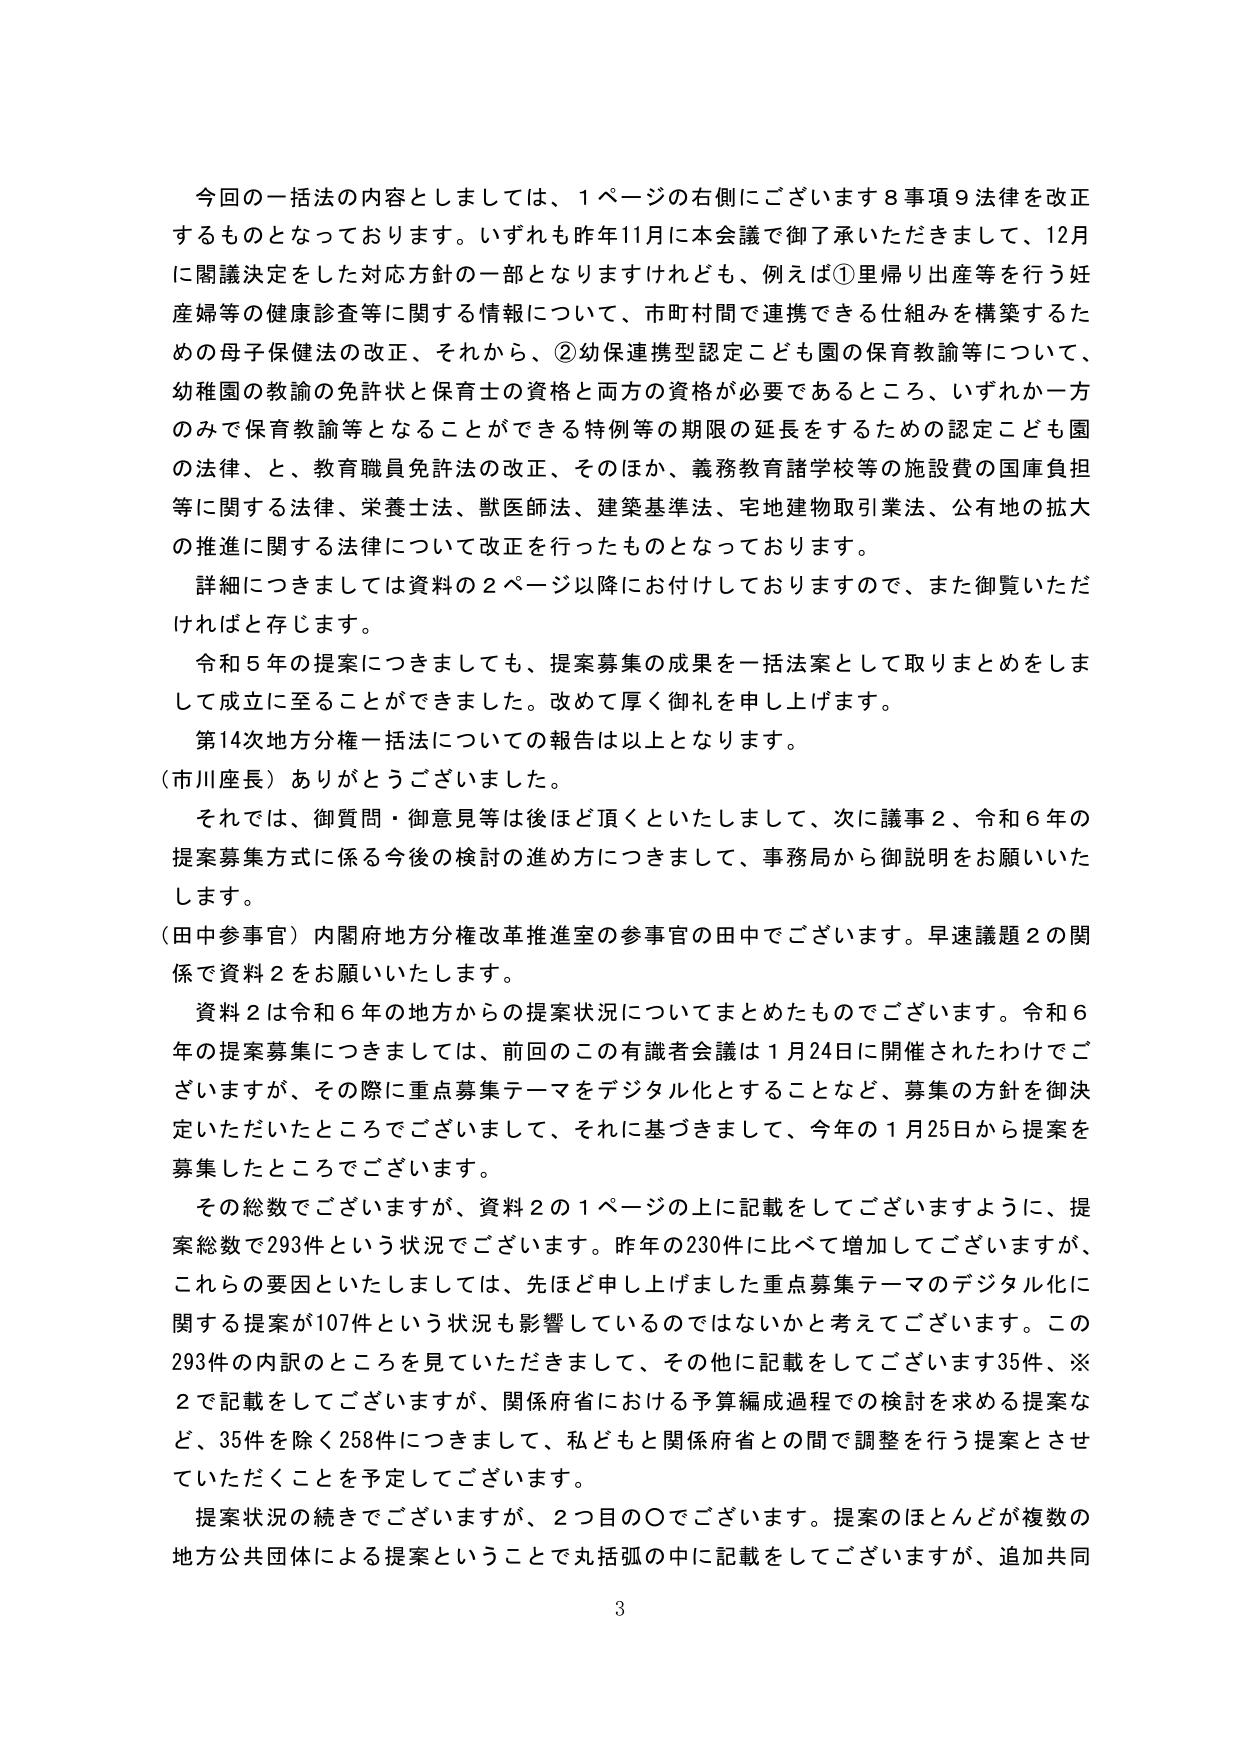
今回の一括法の内容としましては、１ページの右側にございます８事項９法律を改正するものとなっております。いずれも昨年11月に本会議で御了承いただきまして、12月に閣議決定をした対応方針の一部となりますけれども、例えば①里帰り出産等を行う妊産婦等の健康診査等に関する情報について、市町村間で連携できる仕組みを構築するための母子保健法の改正、それから、②幼保連携型認定こども園の保育教諭等について、幼稚園の教諭の免許状と保育士の資格と両方の資格が必要であるところ、いずれか一方のみで保育教諭等となることができる特例等の期限の延長をするための認定こども園の法律、と、教育職員免許法の改正、そのほか、義務教育諸学校等の施設費の国庫負担等に関する法律、栄養士法、獣医師法、建築基準法、宅地建物取引業法、公有地の拡大の推進に関する法律について改正を行ったものとなっております。

詳細につきましては資料の２ページ以降にお付けしておりますので、また御覧いただければと存じます。

令和５年の提案につきましても、提案募集の成果を一括法案として取りまとめをしまして成立に至ることができました。改めて厚く御礼を申し上げます。

第14次地方分権一括法についての報告は以上となります。

（市川座長）ありがとうございました。

それでは、御質問・御意見等は後ほど頂くといたしまして、次に議事２、令和６年の提案募集方式に係る今後の検討の進め方につきまして、事務局から御説明をお願いいたします。

（田中参事官）内閣府地方分権改革推進室の参事官の田中でございます。早速議題２の関係で資料２をお願いいたします。

資料２は令和６年の地方からの提案状況についてまとめたものでございます。令和６年の提案募集につきましては、前回のこの有識者会議は１月24日に開催されたわけでございますが、その際に重点募集テーマをデジタル化することなど、募集の方針を御決定いただいたところでございまして、それに基づきまして、今年の１月25日から提案を募集したところでございます。

その総数でございますが、資料２の１ページの上に記載をしてございますように、提案総数で293件という状況でございます。昨年の230件に比べて増加してございますが、これらの要因といたしましては、先ほど申し上げました重点募集テーマのデジタル化に関する提案が107件という状況も影響しているのではないかと考えております。この293件の内訳のところを見ていただきますと、その他に記載をしてございます35件、※2で記載をしてございますが、関係府省における予算編成過程での検討を求める提案など、35件を除く258件につきまして、私どもと関係府省との間で調整を行う提案とさせていただくことを予定しております。

提案状況の続きでございますが、２つ目の〇でございます。提案のほとんどが複数の地方公共団体による提案ということで丸括弧の中に記載をしてございますが、追加共同

3